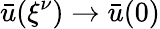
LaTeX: \bar{u}({\xi^{\nu}})\to\bar{u}(0)